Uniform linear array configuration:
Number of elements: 16
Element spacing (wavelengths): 0.25
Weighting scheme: hamming
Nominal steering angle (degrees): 30
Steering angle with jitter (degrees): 31.287
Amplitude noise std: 0.05
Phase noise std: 0.05

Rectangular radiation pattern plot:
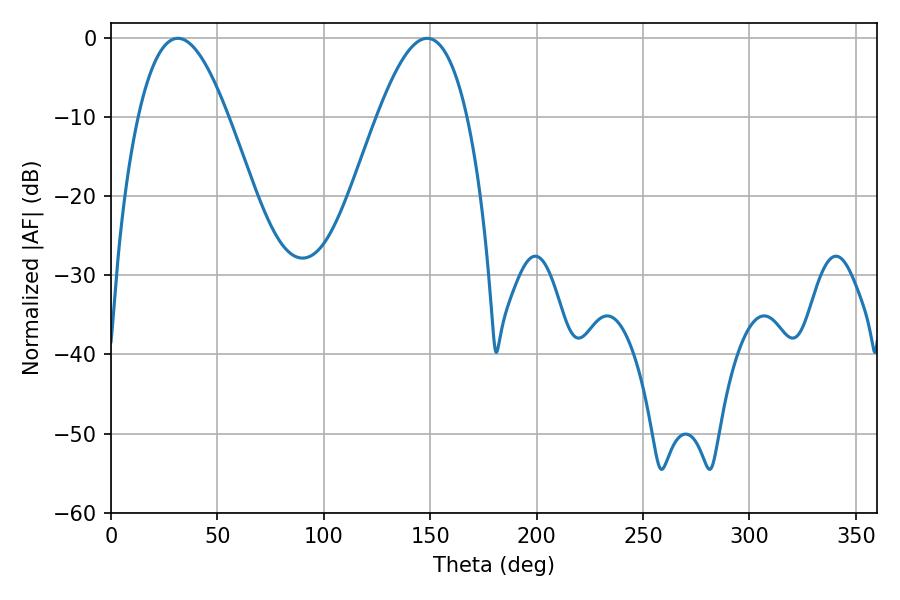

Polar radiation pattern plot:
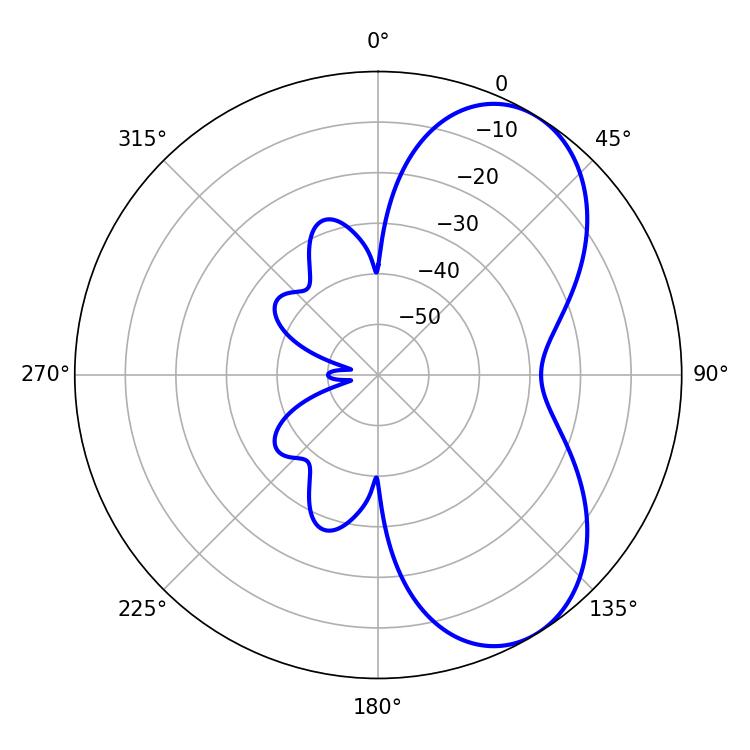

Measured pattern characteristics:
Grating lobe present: FALSE
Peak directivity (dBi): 6.3
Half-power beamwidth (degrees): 23.04
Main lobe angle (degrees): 31.5